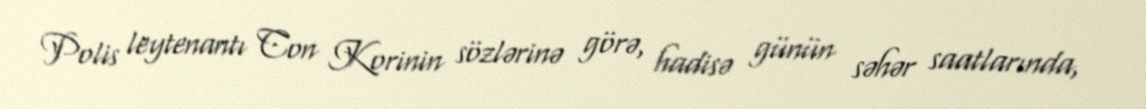
Polis leytenantı Con Korinin sözlərinə görə, hadisə günün səhər saatlarında,